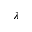
\lambda